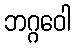
ဘဂ္ဂဝေါ